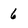
Character: 6